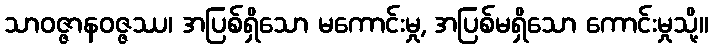
သာဝဇ္ဇာနဝဇ္ဇဿ၊ အပြစ်ရှိသော မကောင်းမှု, အပြစ်မရှိသော ကောင်းမှုသို့။